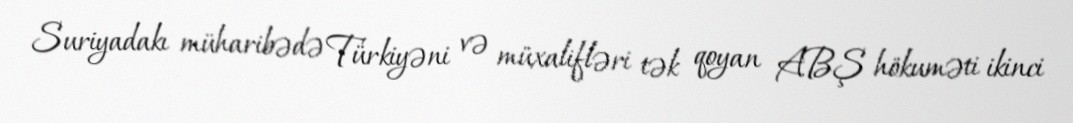
Suriyadakı müharibədə Türkiyəni və müxalifləri tək qoyan ABŞ hökuməti ikinci